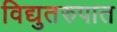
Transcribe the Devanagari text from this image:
विद्युतरुपात